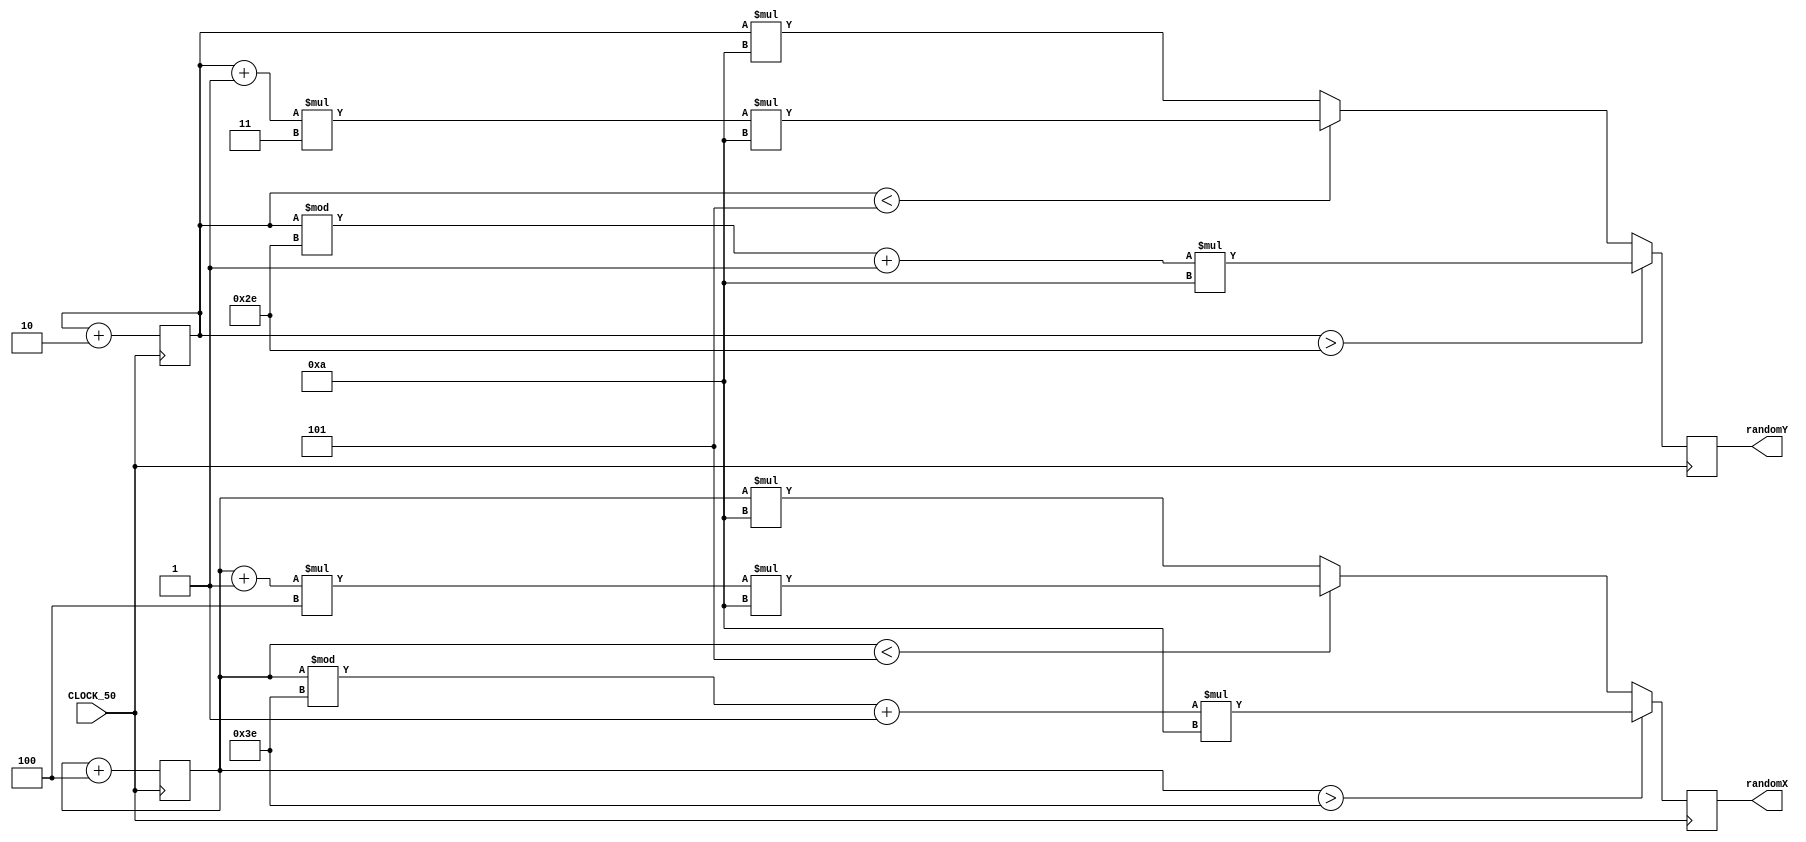
module random_generator(CLOCK_50, randomX, randomY);
	input CLOCK_50;
	output reg [9:0] randomX;
	output reg [8:0] randomY;

	reg [7:0] x = 10; //.5 -> 0 - 255 -> 62
	reg [6:0] y = 10; //.5 -> 0 - 127 -> 46
	
	always@(posedge CLOCK_50)
		x <= x + 4;
		
	always@(posedge CLOCK_50)
		y <= y + 2;
	
	always@(posedge CLOCK_50)
	begin
		if(x > 62)
			randomX <= ((x % 62) + 1) * 10 ;
		else if (x < 5)
			randomX <= ((x + 1) * 4) * 10;
		else
			randomX <= (x * 10);
	end
	
	always@(posedge CLOCK_50)
	begin
		if (y > 46)
			randomY <= ((y % 46) + 1) * 10;
		else if (y < 5)
			randomY <= ((y + 1) * 3) * 10;
		else 
			randomY <= (y * 10);
	end
	endmodule 
	
module foodTest(CLOCK_50, snakeX, snakeY, foodX, foodY, outX, outY);
	input CLOCK_50;
	 input[9:0] snakeX, foodX;
	 input[8:0] snakeY, foodY;
	 output reg[9:0] outX;
	 output reg[8:0] outY;
	 wire[9:0] x;
	 wire[8:0] y;
	 random_generator ran(CLOCK_50, x, y);
	 assign regenerate_food = (snakeX == foodX)&&(snakeY == foodY);
	 always @(posedge CLOCK_50)
	 begin
		if(regenerate_food == 1'b1)
		begin
			outX <= x;
			outY <= y;
		end
		else
		begin
			outX <= foodX;
			outY <= foodY;
		end
	end
	endmodule